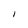
Character: l